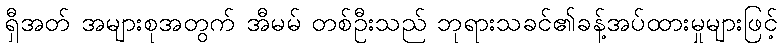
ရှီအတ် အများစုအတွက် အီမမ် တစ်ဦးသည် ဘုရားသခင်၏ခန့်အပ်ထားမှုများဖြင့်